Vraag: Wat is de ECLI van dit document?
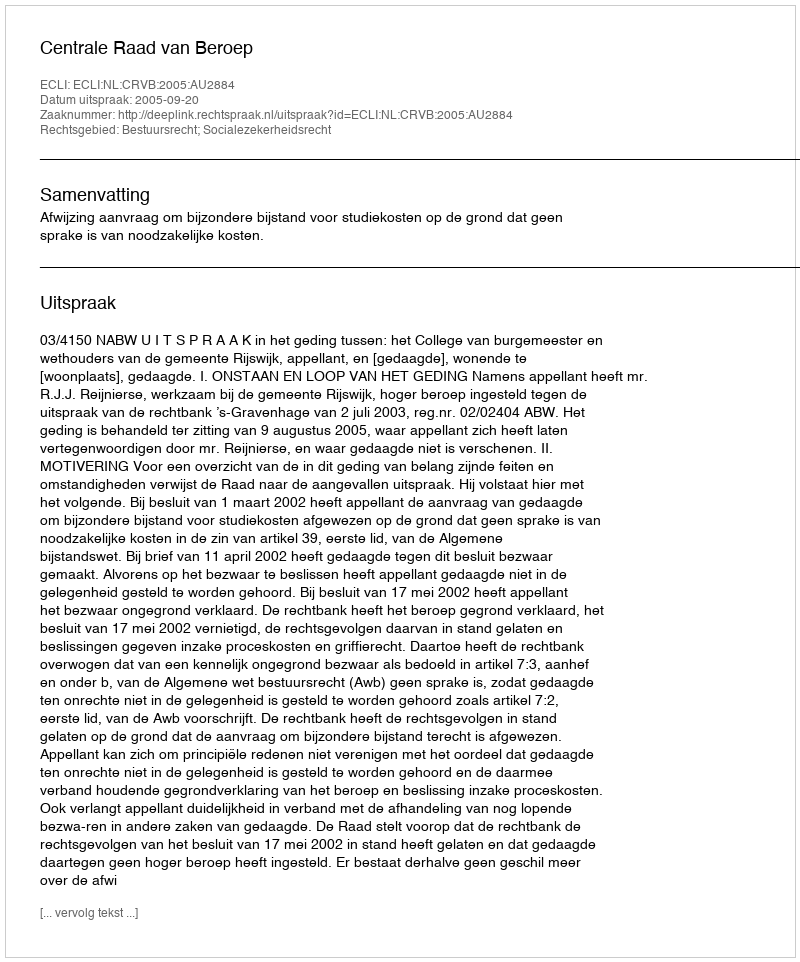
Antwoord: ECLI:NL:CRVB:2005:AU2884